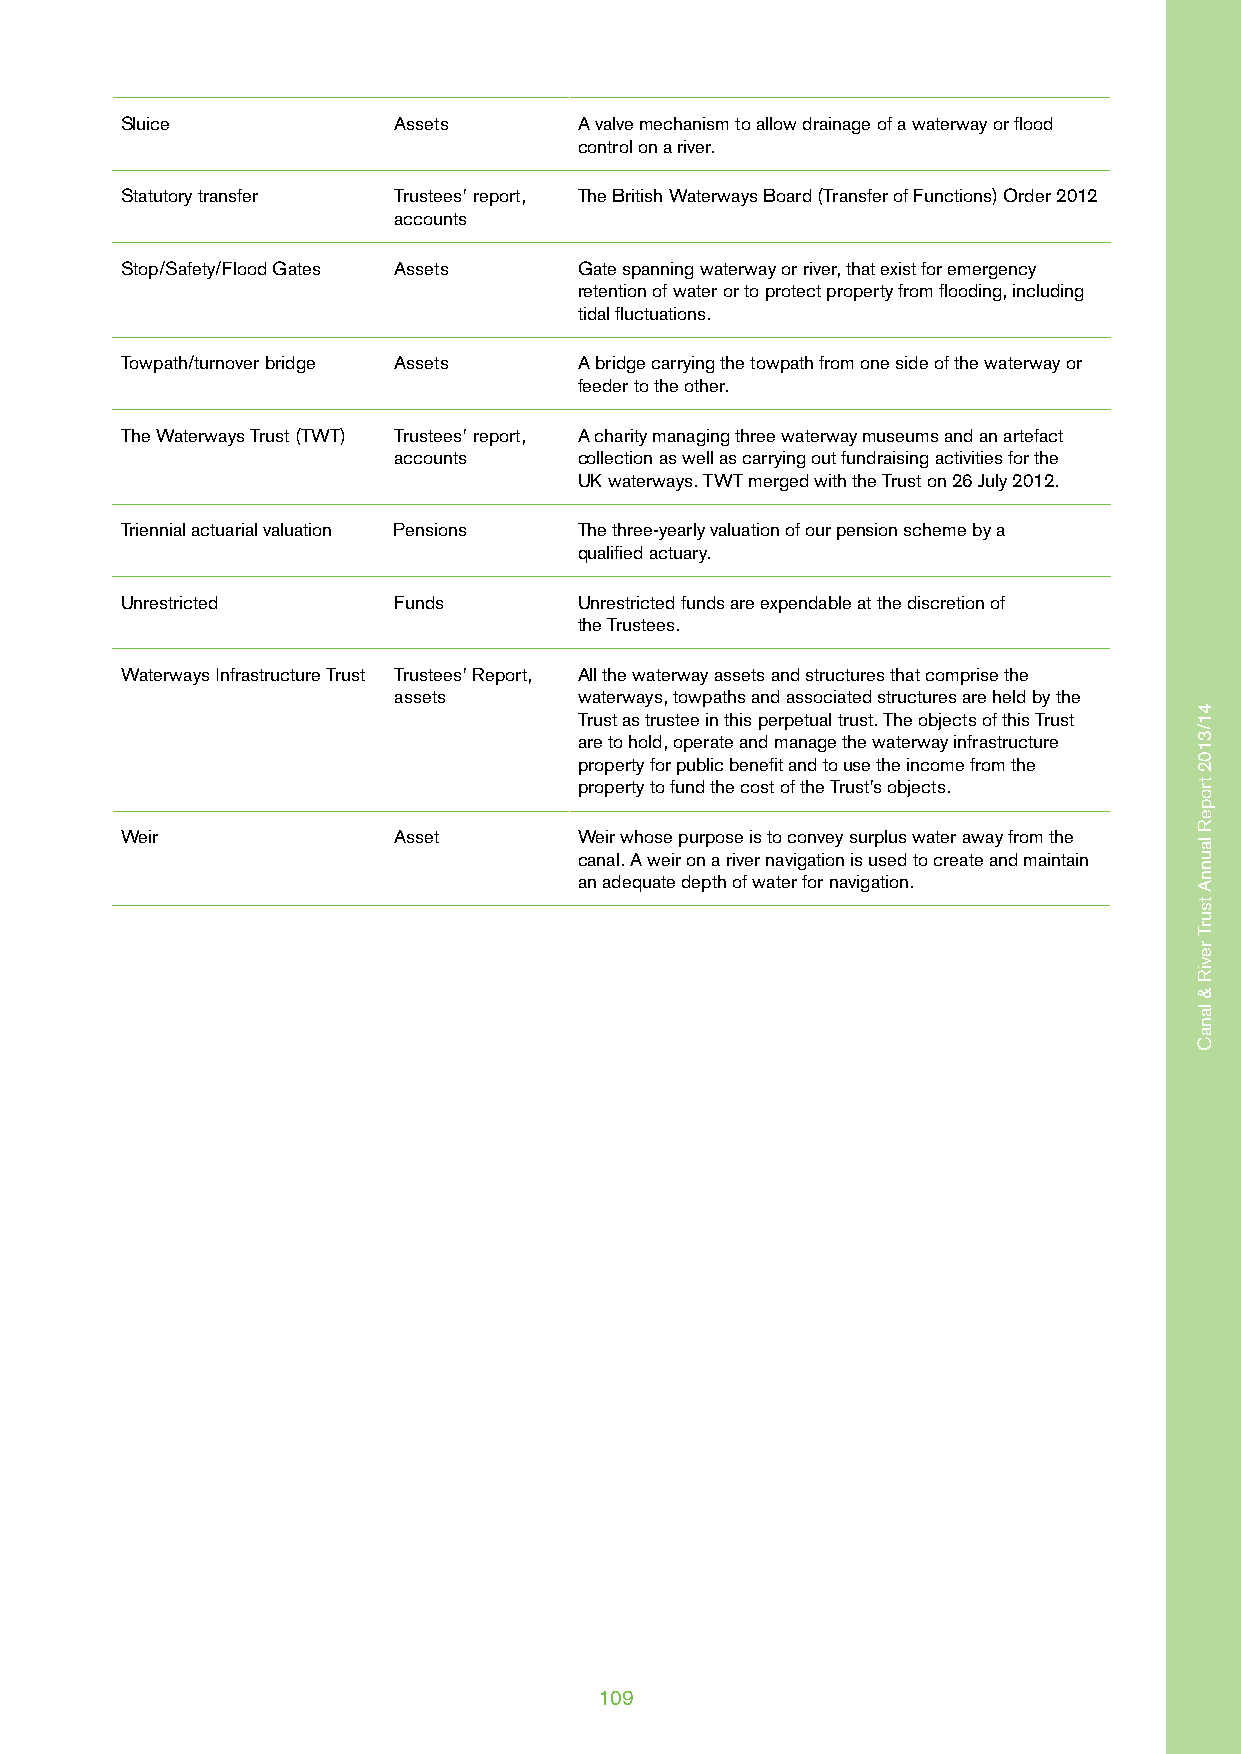
Sluice            Assets      A valve mechanism to allow drainage of a waterway or flood
 control on a river.
 Statutory transfer Trustees’ report, The British Waterways Board (Transfer of Functions) Order 2012
 accounts
 Stop/Safety/Flood Gates Assets Gate spanning waterway or river, that exist for emergency
 retention of water or to protect property from flooding, including
 tidal fluctuations.
 Towpath/turnover bridge Assets A bridge carrying the towpath from one side of the waterway or
 feeder to the other.
 The Waterways Trust (TWT) Trustees’ report, A charity managing three waterway museums and an artefact
 accounts    collection as well as carrying out fundraising activities for the
 UK waterways. TWT merged with the Trust on 26 July 2012.
 Triennial actuarial valuation Pensions The three-yearly valuation of our pension scheme by a
 qualified actuary.
 Unrestricted      Funds       Unrestricted funds are expendable at the discretion of
 the Trustees.
 Waterways Infrastructure Trust Trustees’ Report, All the waterway assets and structures that comprise the
 assets      waterways, towpaths and associated structures are held by the
 Trust as trustee in this perpetual trust. The objects of this Trust
 are to hold, operate and manage the waterway infrastructure
 property for public benefit and to use the income from the
 property to fund the cost of the Trust’s objects.
 Weir              Asset       Weir whose purpose is to convey surplus water away from the
 canal. A weir on a river navigation is used to create and maintain
 an adequate depth of water for navigation.
 109
 41/3102
 tropeR
 launnA
 tsurT
 reviR
 &
 lanaC
 41/3102
 tropeR
 launnA
 tsurT
 reviR
 &
 lanaC